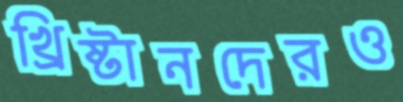
খ্রিষ্টানদেরও